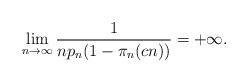
LaTeX: \begin{align*}\lim_{n\to\infty}\frac{1}{np_n(1-\pi_n(cn))}=+\infty.\end{align*}